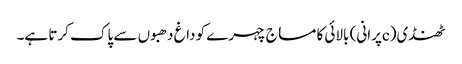
ٹھنڈی(cپرانی) بالائی کا مساج چہرے کو داغ دھبوں سے پاک کرتا ہے۔